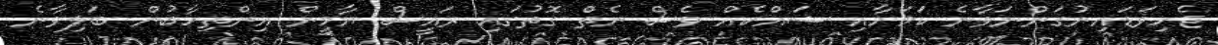
ޖެހިވަޑައިނުގަންނަވާނެ ކަމަށާއި ޝައްކެއް ވެސް ނެތް ގޮތުގައި ރައީސް ޔާމީން އިންތިހާބުން ބަލިވާނެ